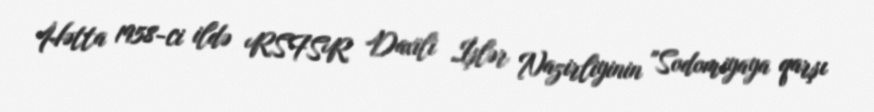
Hətta 1958-ci ildə RSFSR Daxili İşlər Nazirliyinin "Sodomiyaya qarşı